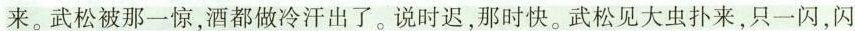
来。武松被那一惊，酒都做冷汗出了。说时迟，那时快。武松见大虫扑来，只一闪，闪